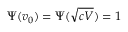
\Psi ( v _ { 0 } ) = \Psi ( \sqrt { c V } ) = 1